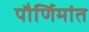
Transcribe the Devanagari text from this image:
पौर्णिमांत